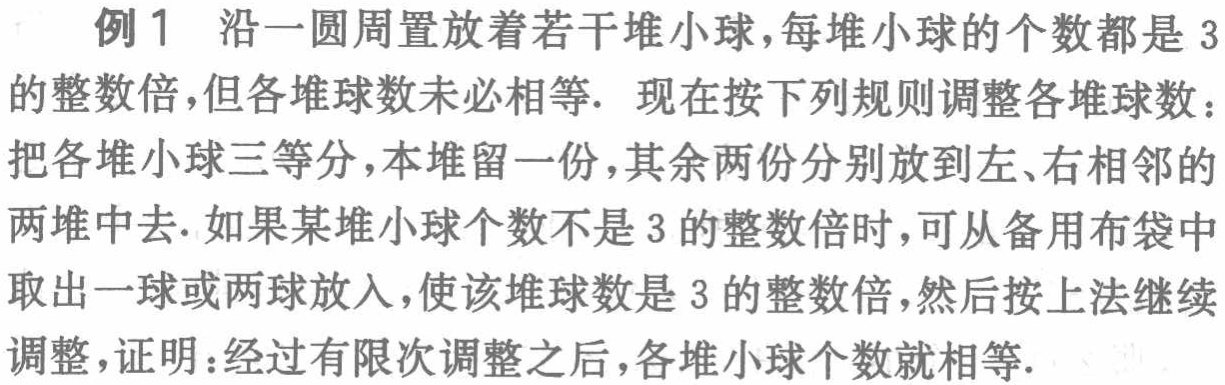
例1 沿一圆周置放着若干堆小球，每堆小球的个数都是$3$的整数倍，但各堆球数未必相等. 现在按下列规则调整各堆球数：把各堆小球三等分，本堆留一份，其余两份分别放到左、右相邻的两堆中去. 如果某堆小球个数不是$3$的整数倍时，可从备用布袋中取出一球或两球放入，使该堆球数是$3$的整数倍，然后按上法继续调整，证明：经过有限次调整之后，各堆小球个数就相等.